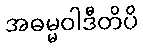
အဓမ္မဝါဒီတိပိ